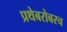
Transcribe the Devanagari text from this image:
प्रथेबरोबरच